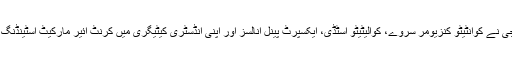
تعریفی سند کے مطابق وائپر ٹیکنالوجی نے کوانٹیٹو کنزیومر سروے، کوالیٹیٹو اسٹڈی، ایکسپرٹ پینل انالسز اور اپنی انڈسٹری کیٹیگری میں کرنٹ ائیر مارکیٹ اسٹینڈنگ کے تمام معیارات پر پورا اتری ہے۔